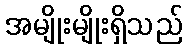
အမျိုးမျိုးရှိသည်